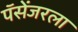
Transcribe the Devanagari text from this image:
पॅसेंजरला